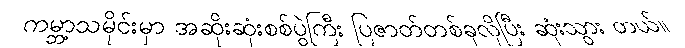
ကမ္ဘာ့သမိုင်းမှာ အဆိုးဆုံးစစ်ပွဲကြီး ပြဇာတ်တစ်ခုလိုပြီး ဆုံးသွား တယ်။